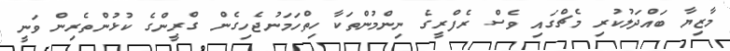
މާޒިޔާ ބައްދަލުކުރި މެޗްގައި ވެސް ރެފްރީގެ ނިންމުންތަކާ ހިތްހަމަނުޖެހިގެން ގްރީންގެ ކުޅުންތެރިން ވަނީ